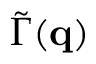
\widetilde \Gamma ( \mathbf { q } )